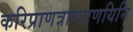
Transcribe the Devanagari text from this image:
करिप्राणत्राणप्रणयिनि